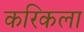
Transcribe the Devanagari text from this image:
करिकला